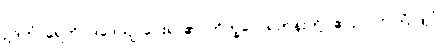
ဥဒကံ၊ ရေကို။ ဒဒေယျ၊ ပေးရာ၏။ ဘိက္ခဝေ၊ ရဟန်းတို့။ ဧဝဉှိ၊ ဤသို့လျှင်။